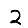
Digit: 2